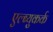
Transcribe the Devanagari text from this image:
एल्ब्युकर्क